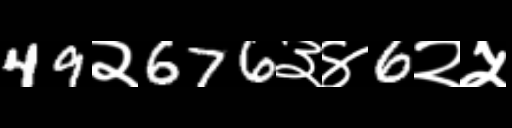
Text: 49२676३४6२५